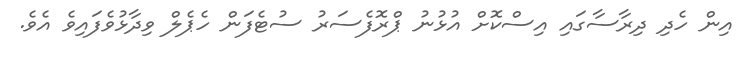
އިން ހެދި ދިރާސާގައި އިސްކޮށް އުޅުނު ޕްރޮފެސަރު ސުޓެފަން ހެޕެލް ވިދާޅުވެފައިވެ އެވެ.